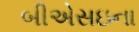
બીએસઇના